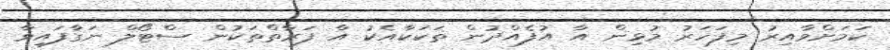
ކަމަށްވާއިރު މިފަހަރު މުޅިން އާ އުފެއްދުން ތަކަކާއެކު އާ ފަރާތްތަކުން ސްޓޯލް ނަގާފައިވާ